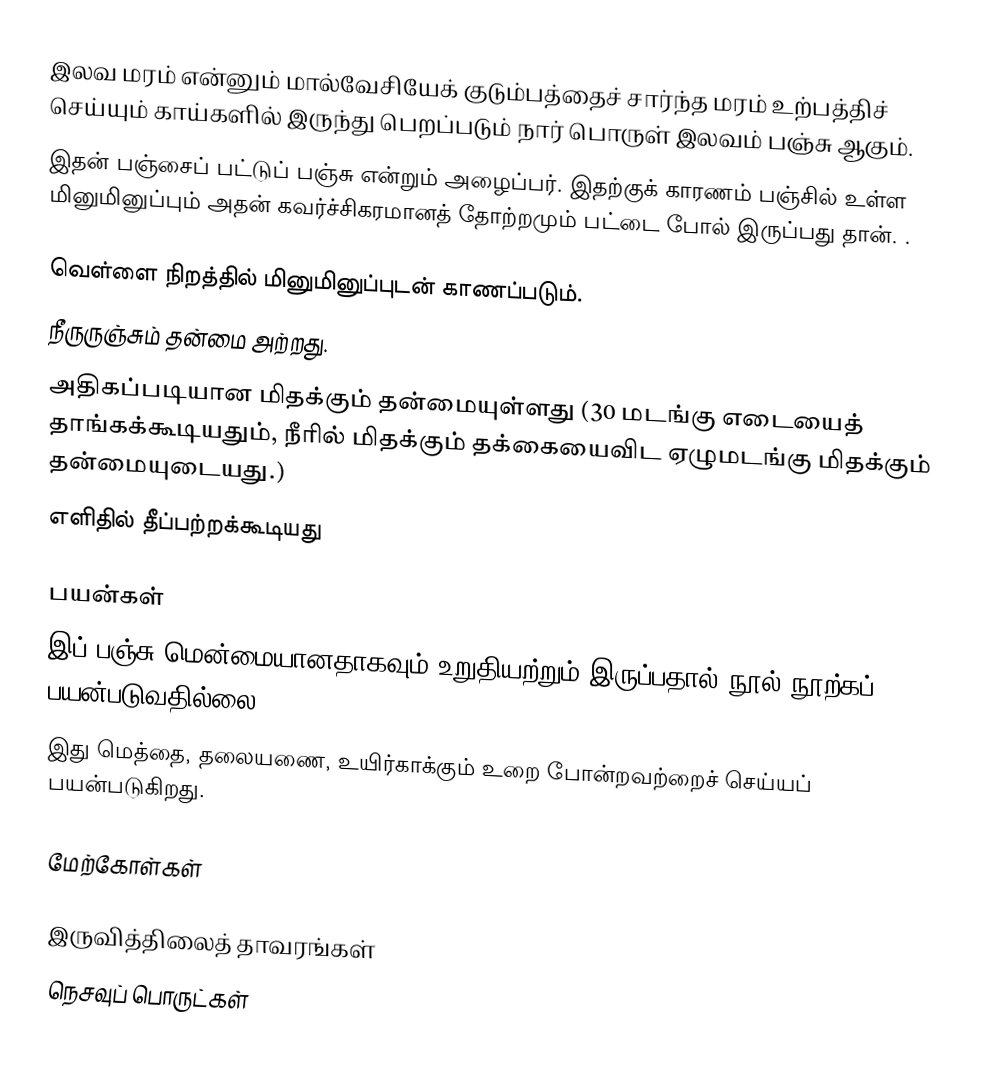
இலவ மரம் என்னும் மால்வேசியேக் குடும்பத்தைச் சார்ந்த மரம் உற்பத்திச் செய்யும் காய்களில் இருந்து பெறப்படும் நார் பொருள் இலவம் பஞ்சு ஆகும்.
இதன் பஞ்சைப் பட்டுப் பஞ்சு என்றும் அழைப்பர். இதற்குக் காரணம் பஞ்சில் உள்ள மினுமினுப்பும் அதன் கவர்ச்சிகரமானத் தோற்றமும் பட்டை போல் இருப்பது தான். .

 வெள்ளை நிறத்தில் மினுமினுப்புடன் காணப்படும்.
 நீருருஞ்சும் தன்மை அற்றது.
 அதிகப்படியான மிதக்கும் தன்மையுள்ளது (30 மடங்கு எடையைத் தாங்கக்கூடியதும், நீரில் மிதக்கும் தக்கையைவிட ஏழுமடங்கு மிதக்கும் தன்மையுடையது.)
 எளிதில் தீப்பற்றக்கூடியது

பயன்கள்
 இப் பஞ்சு மென்மையானதாகவும் உறுதியற்றும் இருப்பதால் நூல் நூற்கப் பயன்படுவதில்லை.
 இது மெத்தை, தலையணை, உயிர்காக்கும் உறை போன்றவற்றைச் செய்யப் பயன்படுகிறது.

மேற்கோள்கள்

இருவித்திலைத் தாவரங்கள்
நெசவுப் பொருட்கள்